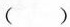
（）